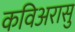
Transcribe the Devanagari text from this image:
कविअरासु